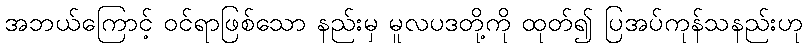
အဘယ်ကြောင့် ဝင်ရာဖြစ်သော နည်းမှ မူလပဒတို့ကို ထုတ်၍ ပြအပ်ကုန်သနည်းဟု